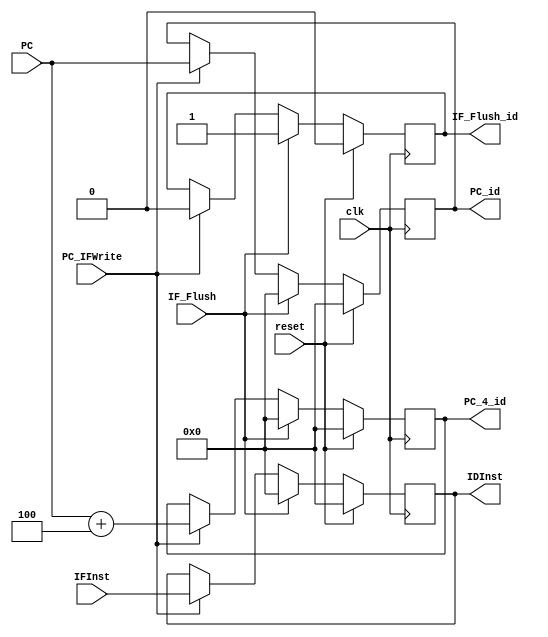
module IF_ID_P(reset,clk,IF_Flush,PC_IFWrite,PC,PC_id,PC_4_id,IFInst,IDInst,IF_Flush_id);
  input clk,reset,IF_Flush,PC_IFWrite;
  input [31:0] PC,IFInst;
  output reg [31:0] PC_4_id,PC_id,IDInst=32'b0;
  output reg IF_Flush_id;
  always @(posedge clk)
  begin
    if(reset)
      begin
  PC_4_id<=0;
  PC_id<=0;
        IDInst<=0;
  IF_Flush_id<=0;
      end
    else if(IF_Flush)
      begin
        PC_4_id<=0;
  PC_id<=0;
        IDInst<=0;
  IF_Flush_id<=1;
      end
    else if(~PC_IFWrite)
      begin
        PC_4_id<=PC_4_id;
  PC_id<=PC_id;
        IDInst<=IDInst;
  IF_Flush_id<=IF_Flush_id;
      end
    else
      begin
        PC_4_id<=PC+4;
  PC_id<=PC;
        IDInst<=IFInst;
  IF_Flush_id<=0;
      end
  end
endmodule